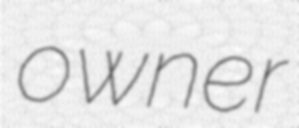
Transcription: owner